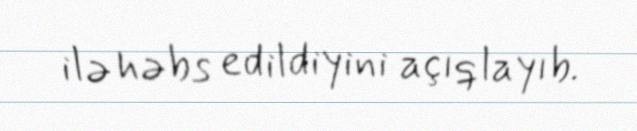
ilə həbs edildiyini açıqlayıb.